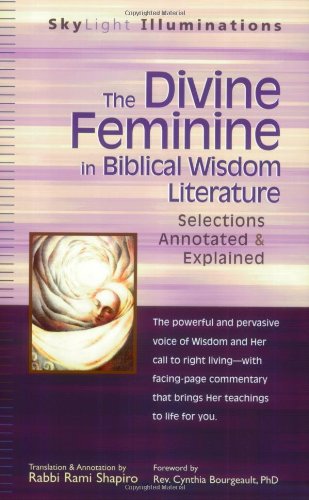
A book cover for The Divine Feminine in Biblical Wisdom Literature: Selections Annotated & Explained (SkyLight Illuminations); Christian Books & Bibles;